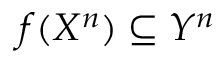
f ( X ^ { n } ) \subseteq Y ^ { n }